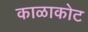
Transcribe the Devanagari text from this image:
काळाकोट